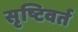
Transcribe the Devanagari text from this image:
सृष्टिवर्त